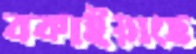
বকাইয়াছে